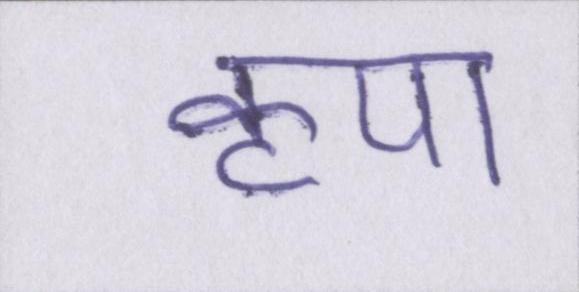
कृपा